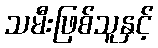
သမီးဖြစ်သူနှင့်